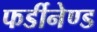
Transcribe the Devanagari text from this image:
फर्डीनेण्ड